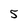
Character: 5